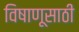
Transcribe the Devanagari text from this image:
विषाणूसाठी